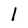
Character: 1